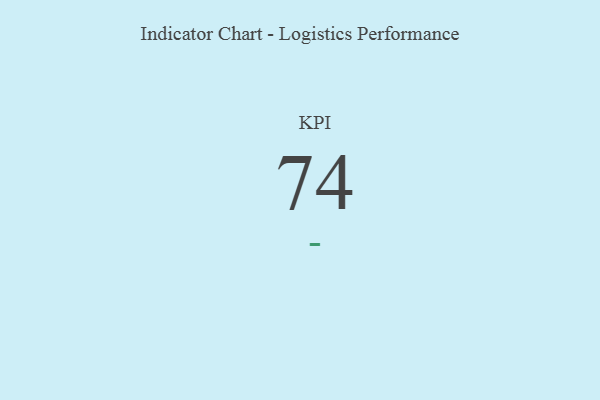
{"axis": {"x": "KPI", "y": "Value"}, "legend": [""], "data": [{"x": "KPI", "y": 74, "type": ""}]}